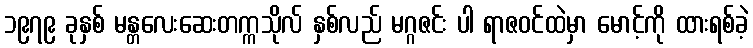
၁၉၇၉ ခုနှစ် မန္တလေးဆေးတက္ကသိုလ် နှစ်လည် မဂ္ဂဇင်း ပါ ရာဇဝင်ထဲမှာ မောင့်ကို ထားရစ်ခဲ့